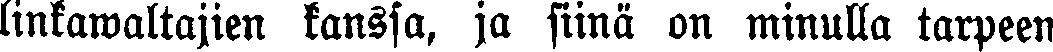
linkawaltajien kanssa, ja siinä on minulla tarpeen